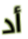
أد